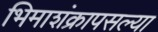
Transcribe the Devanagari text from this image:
भिमाशंक्रापसल्या